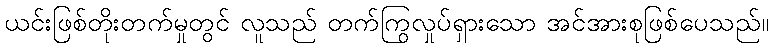
ယင်းဖြစ်တိုးတက်မှုတွင် လူသည် တက်ကြွလှုပ်ရှားသော အင်အားစုဖြစ်ပေသည်။